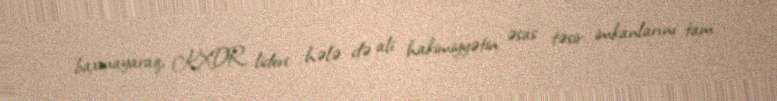
baxmayaraq, KXDR lideri hələ də ali hakimiyyətin əsas təsir imkanlarını tam